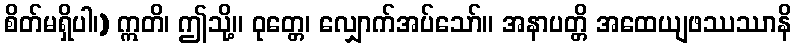
စိတ်မရှိပါ၊) ဣတိ၊ ဤသို့။ ဝုတ္တေ၊ လျှောက်အပ်သော်။ အနာပတ္တိ အထေယျဖဿဿာနိ